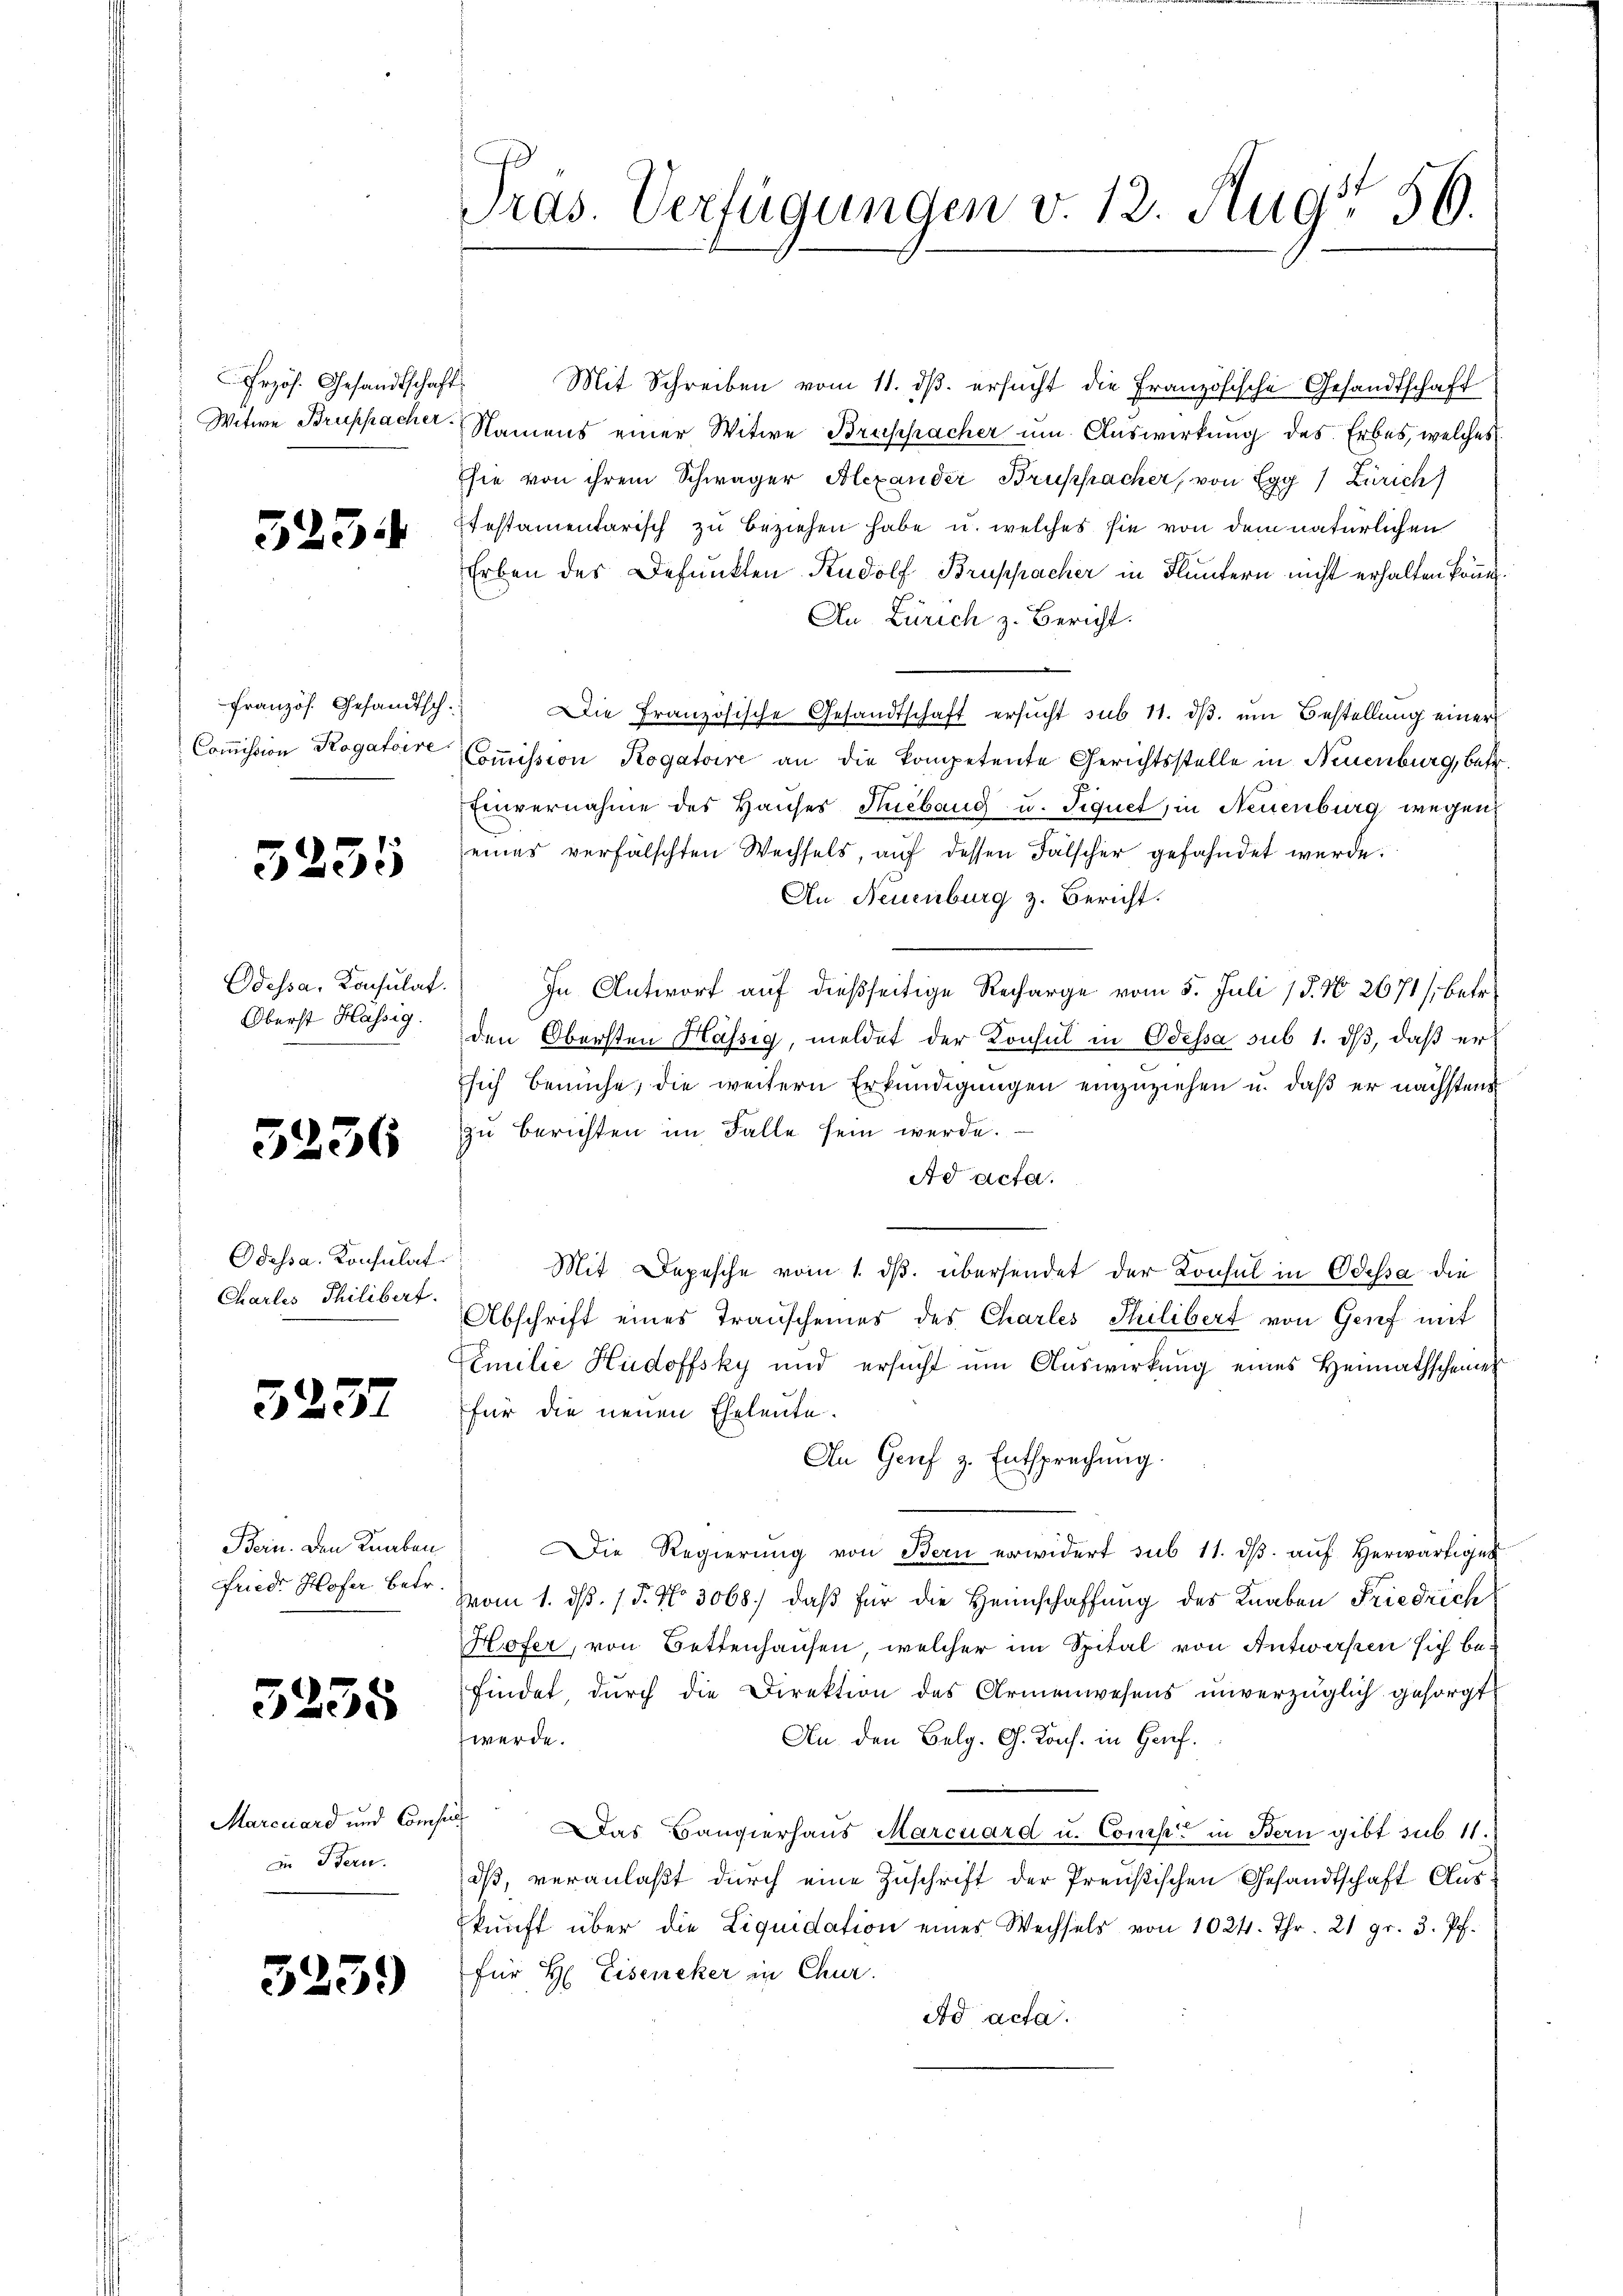
Frzös. Gesandtschaft
Witwe Bruppacher.

3234

Französ. Gesandtsch.
Commission Rogatoire

3235

Odessa, Consulat
Oberst Hassig.

5236

Odessa. Konsulat
Charles Philibert.

3257

Bein. Den Knaben
friedr. Hofer betr.

5235

Marcuard und Comp
in Bern.

3259)

ras. Verfügungen v. 12. Aug. 56.

Mit Schreiben vom 11. ds. ersucht die Französische Gesandtschaft
Namens einer Witwe Bruschacher um Auswirkung des Erbes, welches
Ehie von ihrem Schwager Alexander Bruppacher, von Egg / Zürich)
Itestamentarisch zu beziehen habe u. welches sie von dem natürlichen
Erben des Befunkten Rudolf Bruppacher in Fluntern nicht erhalten könne.
An Zürich z. Bericht.
Die Französische Gesandtschaft ersucht sub 11. dβ. um Bestellung einer
Coṁission Rogatoire an die kompetente Gerichtsstelle in Neuenburg, betr.
Einvernahme des Hauses Sebang u. Siquet, in Neuenburg wegen
eines verfälschten Wechsels, auf dessen Fälscher gefahndet werde.
An Neuenburg z. Bericht.
In Antworf auf dießseitige Recharge vom 5. Juli 18. No 2671/ betr.
den Obersten Hässig, meldet der Konsul in Odessa sub 1. ds, daß er
sich bemühe, die weitern Erkundigungen einzuziehen u. daß er nächstens
zu berichten im Falle sein werde.
Ad acta.
Mit Depesche vom 1. ds. übersendet der Konsul in Odessa die
Abschrift eines Transcheines des Charles Philibert von Genf mit
Emilie Hudoffsky und ersucht um Auswirkung eines Heimathscheines
für die neuen Eheleute.
An Gruf z. Entsprechung.
Die Regierung von Bern erwidert sub 11. dβ aŭf herwärtigen
vom 1. d. 15. No 3068) daß für die Heimschaffung des Knaben Friedrich
Hofer, von Bettenhausen, welcher im Spital von Antwerken sich befindet durch die Direktion des Armenwesens unverzüglich gesorgt
werde.
An den Belg. G. Kons. in Genf.
Das Bangierhaus Marcuard u. Comp. in Bern gibt sub. 11.
dß, veranlaßt durch eine Zuschrift der Preußischen Gesandtschaft Auskŭnft über die Liquidation eines Wechsels von 1024. Thr. 21 gr. 3. Pf.
für H. Eiseniker in Chur.
Ad acta.